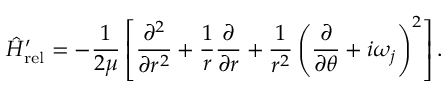
\hat { H } _ { \mathrm { r e l } } ^ { \prime } = - \frac { 1 } { 2 \mu } \left[ \frac { \partial ^ { 2 } } { \partial r ^ { 2 } } + \frac { 1 } { r } \frac { \partial } { \partial r } + \frac { 1 } { r ^ { 2 } } \left( \frac { \partial } { \partial \theta } + i \omega _ { j } \right) ^ { 2 } \right] .